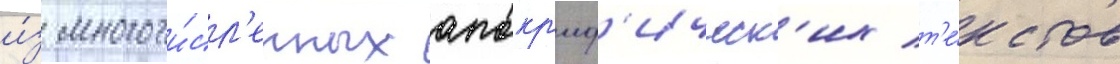
и́з многочи́сл'енных апокр'иф'ическ'их т'е́кстов